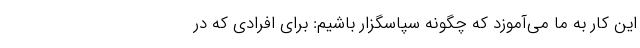
این کار به ما می‌آموزد که چگونه سپاسگزار باشیم: برای افرادی که در